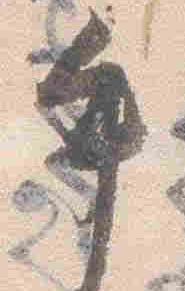
手